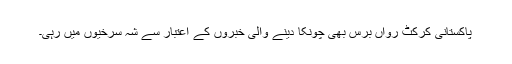
پاکستانی کرکٹ رواں برس بھی چونکا دینے والی خبروں کے اعتبار سے شہ سرخیوں میں رہی۔